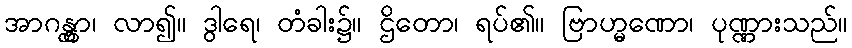
အာဂန္တွာ၊ လာ၍။ ဒွါရေ၊ တံခါး၌။ ဌိတော၊ ရပ်၏။ ဗြာဟ္မဏော၊ ပုဏ္ဏားသည်။